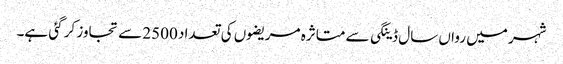
شہر میں رواں سال ڈینگی سے متاثرہ مریضوں کی تعداد 2500 سے تجاوز کر گئی ہے۔